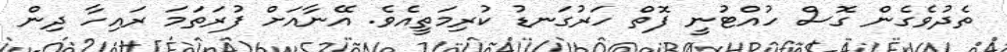
ތެދުވެގެން ގޮސް ހުއްޓުނީ ފޮތް ހަރުގަނޑު ކުރިމަތީއެވެ. އޭނާއަށް ފުރަތަމަ ރައިހާ ދިން